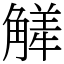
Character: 觲